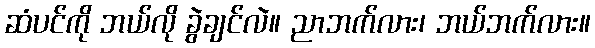
ဆံပင်ကို ဘယ်လို ခွဲချင်လဲ။ ညာဘက်လား၊ ဘယ်ဘက်လား။